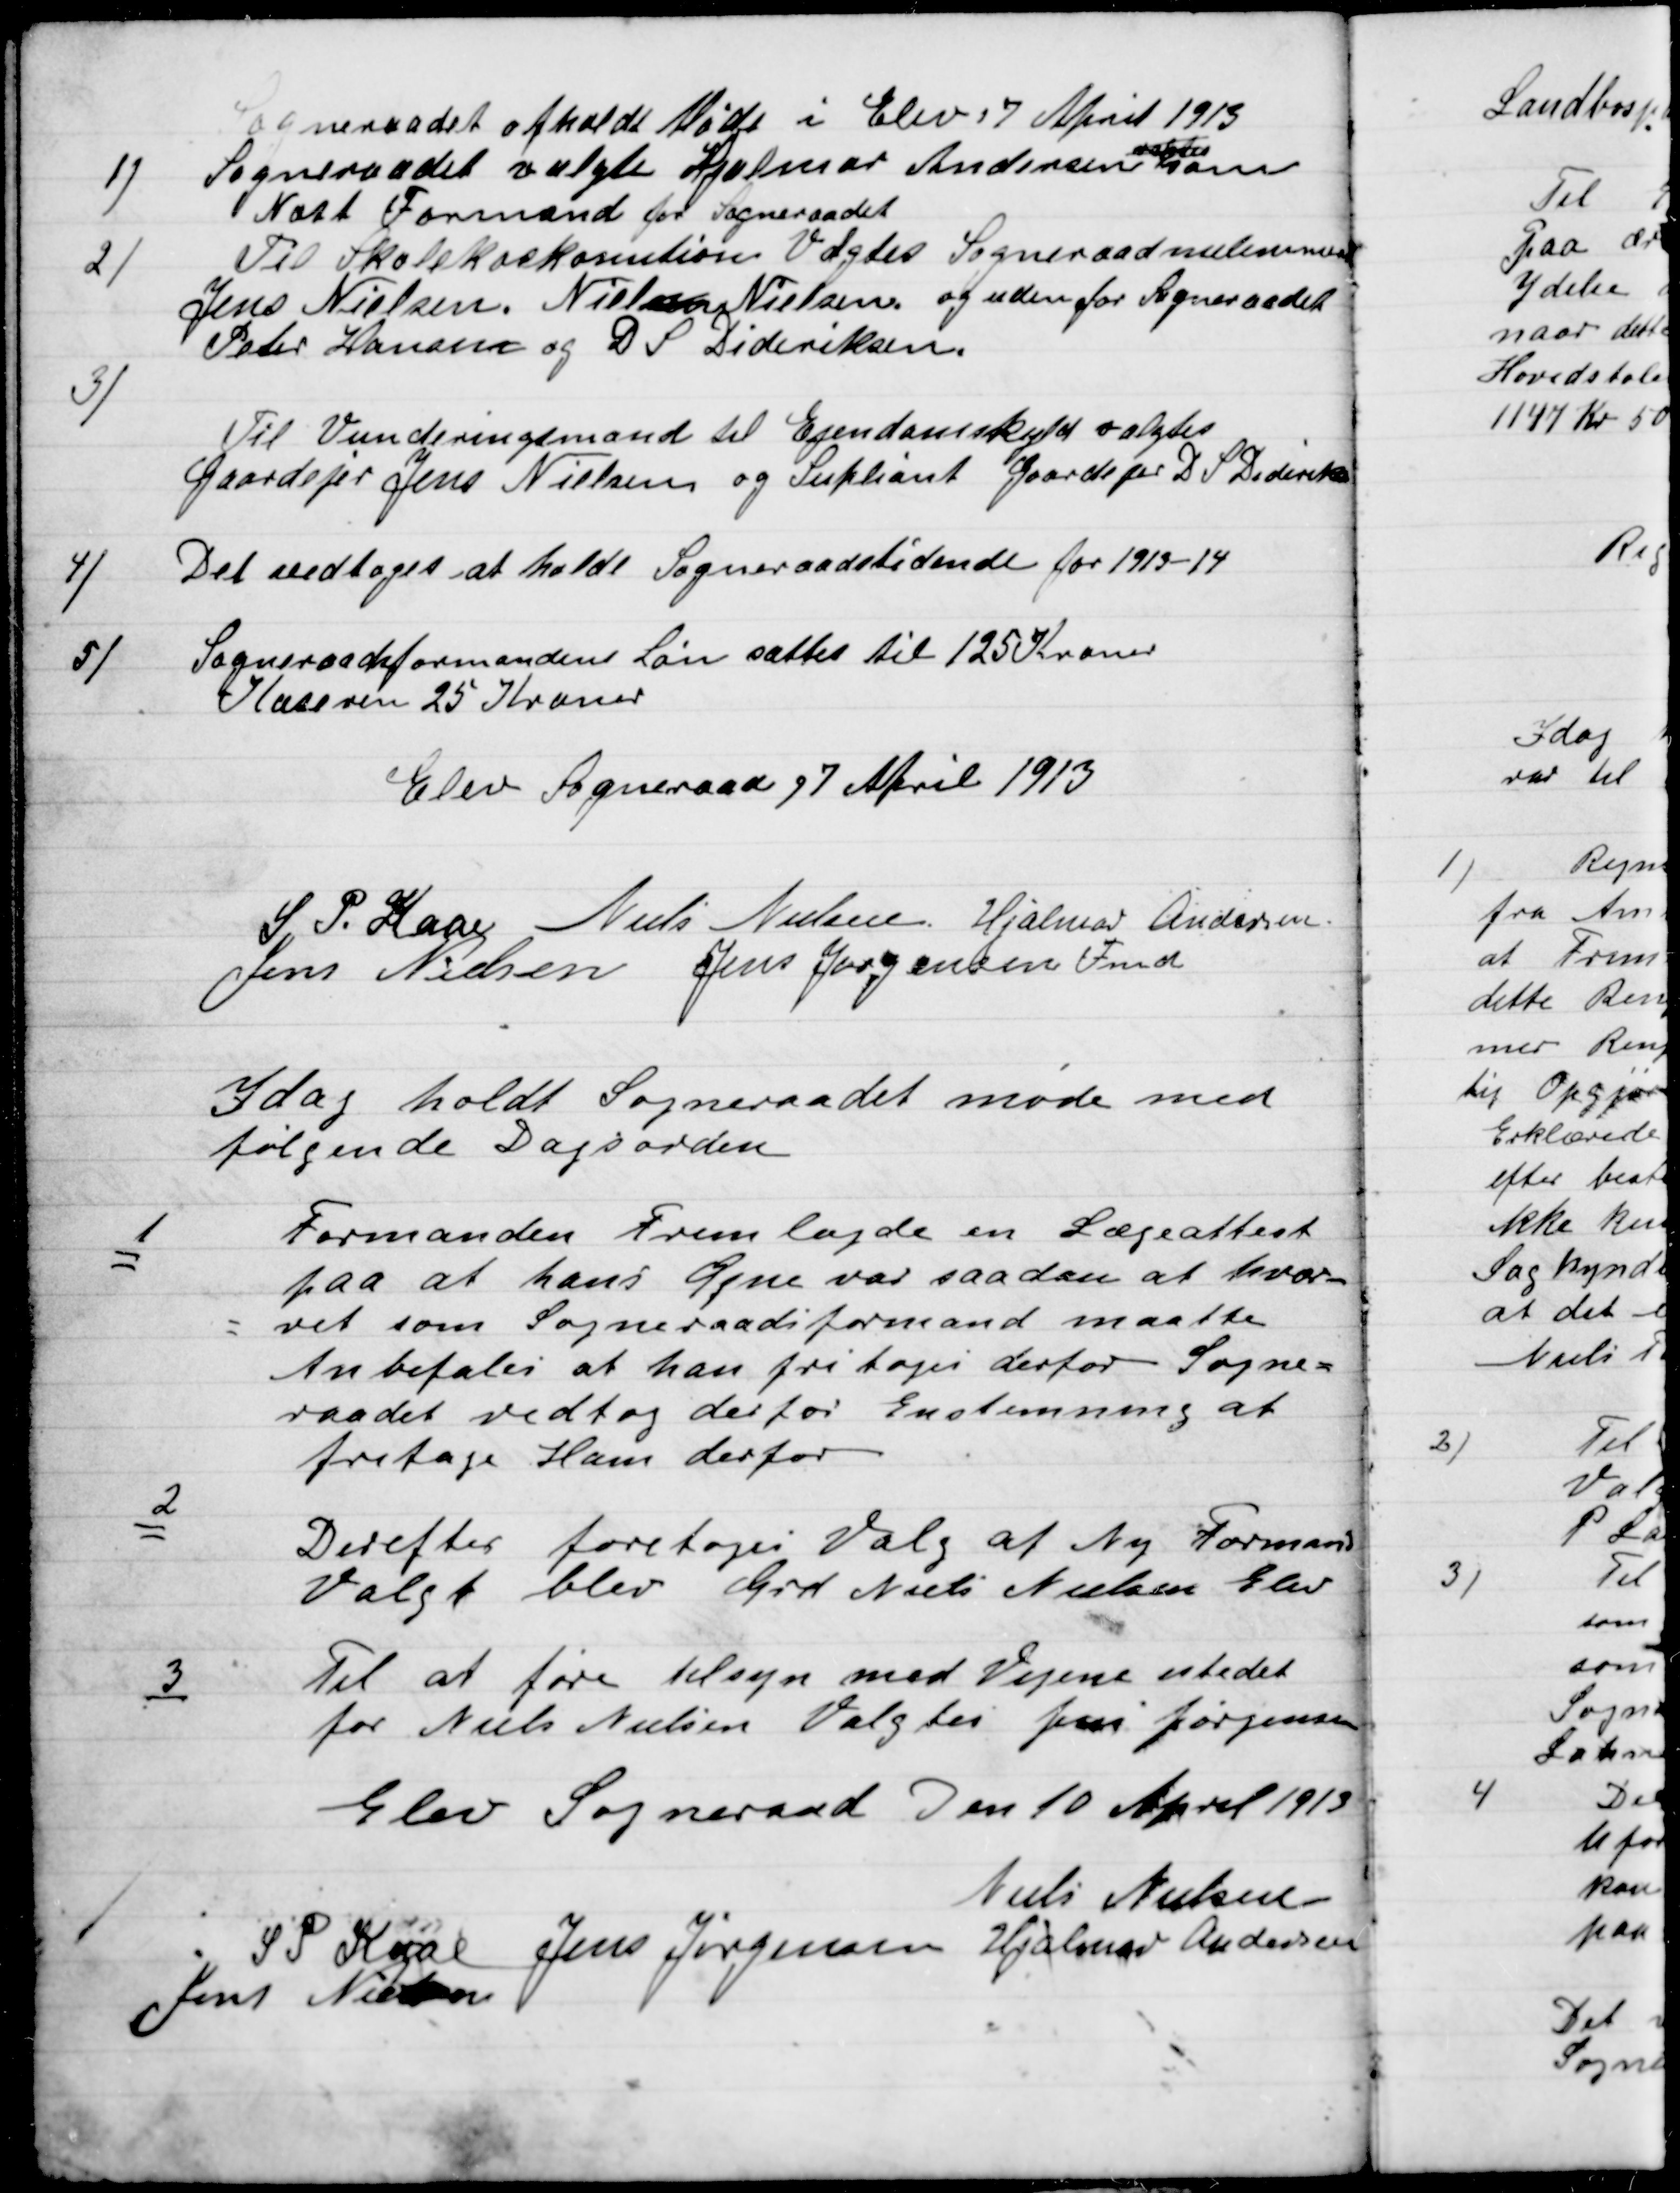
Transskription:
Sogneraadet afholdt Møde i Elev 7 April 1913

1)
Sogneraadet valgte Hjalmar Andersen valgtes som
Næst Formand for Sogneraadet

2.

Til Skolekommissionen Valgtes Sogneraadsmedlemmerne
Jens Nielsen Niels Nielsen og uden for Sogneraadet
Peter Hansen og D. S. Dideriksen.

3)

Til Vurderingsmand til Ejendomsskyld valgtes
Gaardejre Jens Nielsen og Suppleant Gaardejer D. S. Dideriksen

4)

Det vedtoges at holde Sogneraadstidende for 1913-14.

5)

Sogneraadsformandens Løn sattes til 125 Kroner.
Kasseren 25 Kroner.

Elev Sogneraad d 7 April 1913.

S. P. Kaas
Niels Nielsen
Hjalmar Andersen
Jens Nielsen
Jens Jørgensen Fmd.

I dag holdt Sogneraadet møde med
Følgende Dagsorden.

1

Formanden fremlagde en Lægeattest
paa at hans Øjne var saadan at hver-
vet som Sogneraadsformand maatte
Anbefales at han fritages derfor Sogne-
raadet vedtog derfor Enstemmig at
fritage Ham derfor.

2

Derefter foretoges Valg af Ny Formand
Valget blev Grd. Niels Nielsen Elev.

3

Til at føre tilsyn med Vejene i stedet
For Niels Nielsen Valgtes Jens Jørgensen

Elev Sogneraad Den 10 April 1913

Niels Nielsen
S. P. Kaas
Jens Jørgensen
Hjalmar Andersen
Jens Nilsen